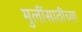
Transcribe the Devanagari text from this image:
मुलींसाठीच्या